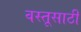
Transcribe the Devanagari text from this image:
वस्तूसाठी